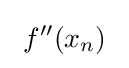
\ f''(x_{n})\